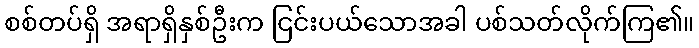
စစ်တပ်ရှိ အရာရှိနှစ်ဦးက ငြင်းပယ်သောအခါ ပစ်သတ်လိုက်ကြ၏။